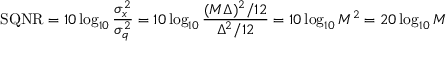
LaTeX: \mathrm { { S Q N R } } = 1 0 \log _ { 1 0 } { \frac { \sigma _ { x } ^ { 2 } } { \sigma _ { q } ^ { 2 } } } = 1 0 \log _ { 1 0 } { \frac { ( M \Delta ) ^ { 2 } / 1 2 } { \Delta ^ { 2 } / 1 2 } } = 1 0 \log _ { 1 0 } M ^ { 2 } = 2 0 \log _ { 1 0 } M